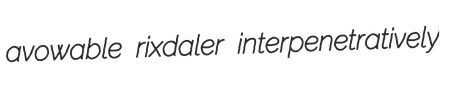
avowable rixdaler interpenetratively